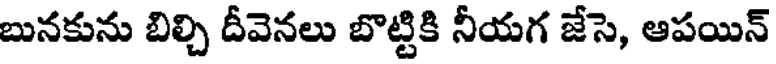
బునకును బిల్చి దీవెనలు బొట్టికి నీయగ జేసె, ఆపయిన్